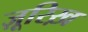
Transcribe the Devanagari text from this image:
ज़ूरिख़